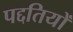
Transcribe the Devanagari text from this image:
पद्दतियों